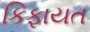
કિફાયત